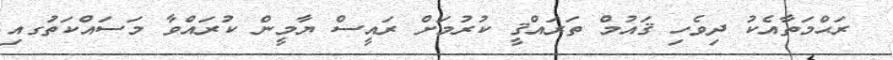
ރަޙްމަތާއެކު ދިވެހި ޤައުމް ތަރައްޤީ ކުރުމަށް ރައީސް ޔާމީން ކުރައްވާ މަސައްކަތުަގއި